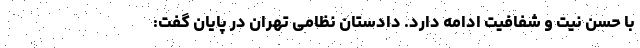
با حسن نیت و شفافیت ادامه دارد. دادستان نظامی تهران در پایان گفت: